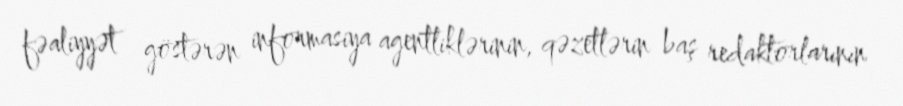
fəaliyyət göstərən informasiya agentliklərinin, qəzetlərin baş redaktorlarının